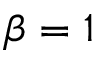
\beta = 1